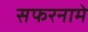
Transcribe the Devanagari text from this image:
सफरनामे